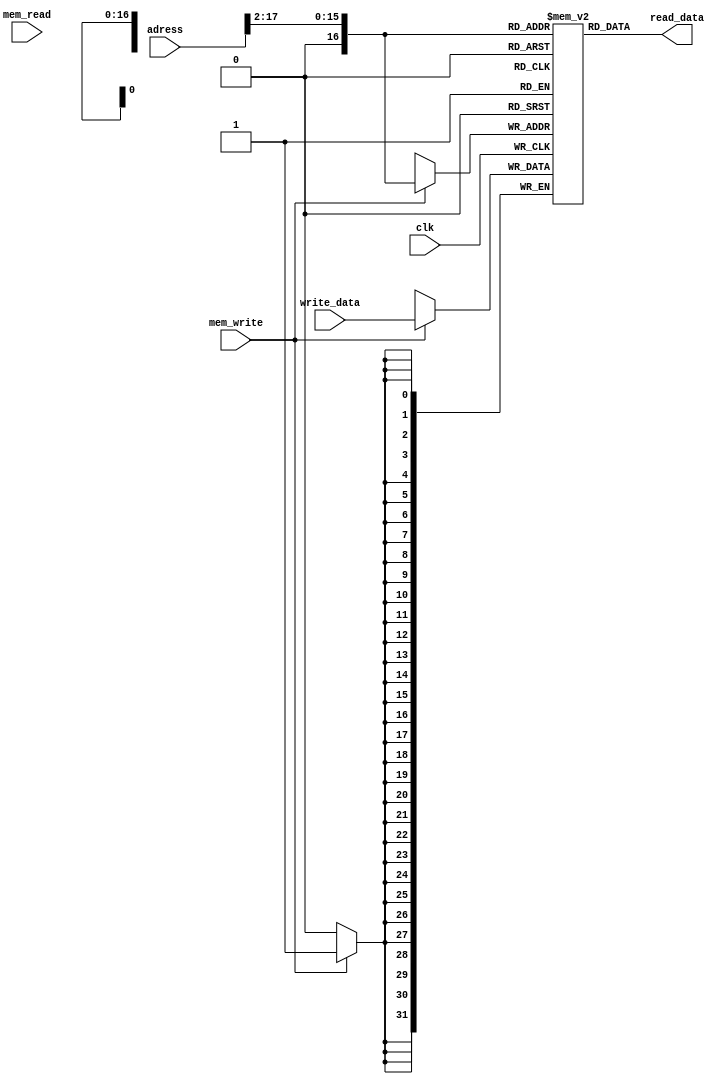
module memory(read_data, adress, write_data, mem_write, mem_read, clk);

input [17:0] adress;
input [31:0] write_data;
input mem_write, mem_read, clk;
output [31:0] read_data;

reg [31:0] data [0:65536];

wire [15:0] word_adress = adress[17:2];
assign read_data = data[word_adress];

always @(posedge clk)
begin
	if(mem_write == 1) begin
		data[word_adress] <= write_data;
	end
end



endmodule